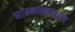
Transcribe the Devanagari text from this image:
तारकालकार